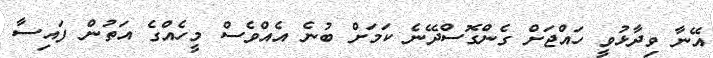
އޭނާ ވިދާޅުވީ ހައްޖަށް ގެންގޮސްދޭނެ ކަމަށް ބުނެ އެއްވެސް މީހެއްގެ އަތުން ފައިސާ